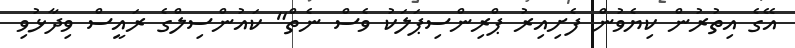
އޭގެ އިތުރުން ކިޔެވުން ފެށިއިރު ޕްރިންސިޕަލަކު ވެސް ނެތް" ކައުންސިލްގެ ރައީސް ވިދާޅުވި